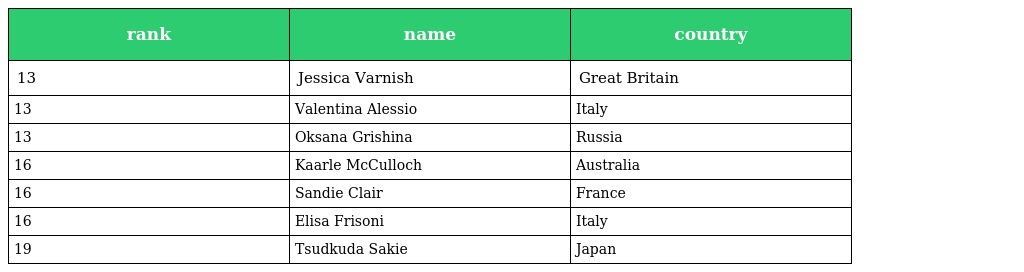
| rank | name | country |
 | --- | --- | --- |
 | 13 | Jessica Varnish | Great Britain |
 | 13 | Valentina Alessio | Italy |
 | 13 | Oksana Grishina | Russia |
 | 16 | Kaarle McCulloch | Australia |
 | 16 | Sandie Clair | France |
 | 16 | Elisa Frisoni | Italy |
 | 19 | Tsudkuda Sakie | Japan |